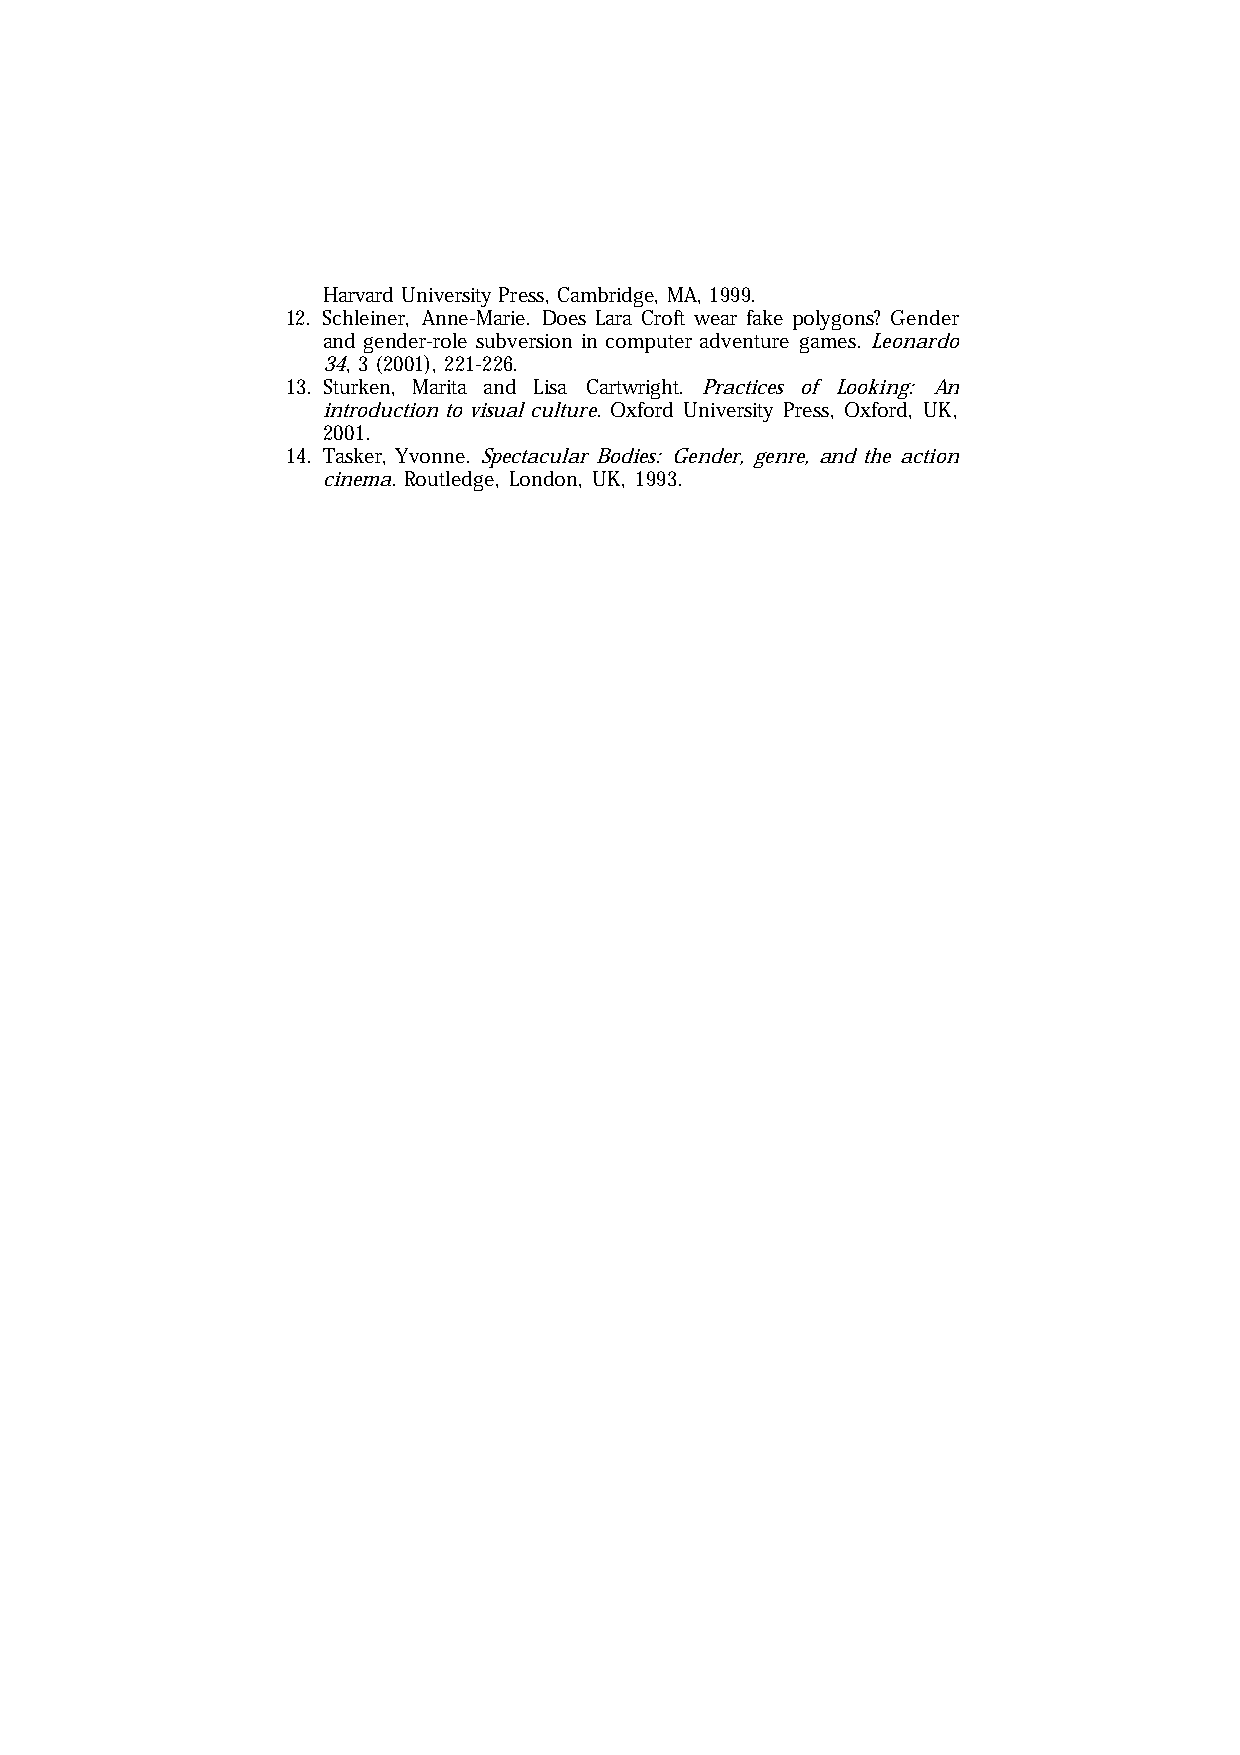
Harvard University Press, Cambridge, MA, 1999.
 12. Schleiner, Anne-Marie. Does Lara Croft wear fake polygons? Gender
 and gender-role subversion in computer adventure games. Leonardo
 34, 3 (2001), 221-226.
 13. Sturken, Marita and Lisa Cartwright. Practices of Looking: An
 introduction to visual culture. Oxford University Press, Oxford, UK,
 2001.
 14. Tasker, Yvonne. Spectacular Bodies: Gender, genre, and the action
 cinema. Routledge, London, UK, 1993.